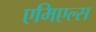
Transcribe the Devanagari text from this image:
एमिएल्स